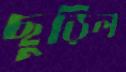
ছুড়িল